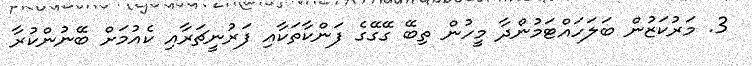
3. މަރުކަޒުން ބަލަހައްޓަމުންދާ މީހުން ތިބޭ ގޭގޭގެ ފަންކާތަކާއި ފަރުނީޗަރާއި ކެއުމަށް ބޭނުންކުރާ